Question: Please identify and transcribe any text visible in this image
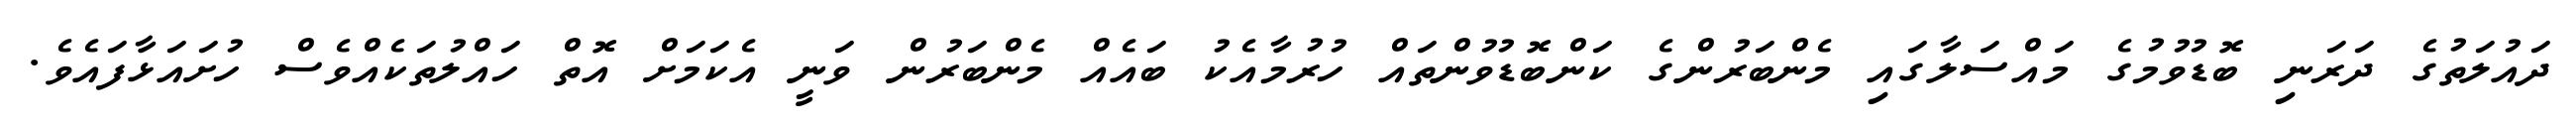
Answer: ދައުލަތުގެ ދަރަނި ބޮޑުވުމުގެ މައްސަލާގައި މެންބަރުންގެ ކަންބޮޑުވުންތައް ހުރުމާއެކު ބައެއް މެންބަރުން ވަނީ އެކަމަށް އޮތް ހައްލުތަކެއްވެސް ހުށައަޅާފައެވެ.